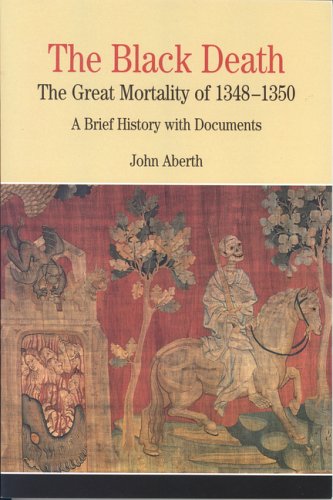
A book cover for The Black Death: The Great Mortality of 1348-1350: A Brief History with Documents (Bedford Cultural Editions Series); John Aberth; Medical Books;